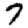
Digit: 7